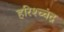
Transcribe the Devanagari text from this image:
हरिश्च्चंद्र